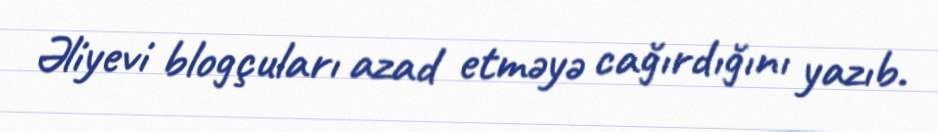
Əliyevi blogçuları azad etməyə cağırdığını yazıb.